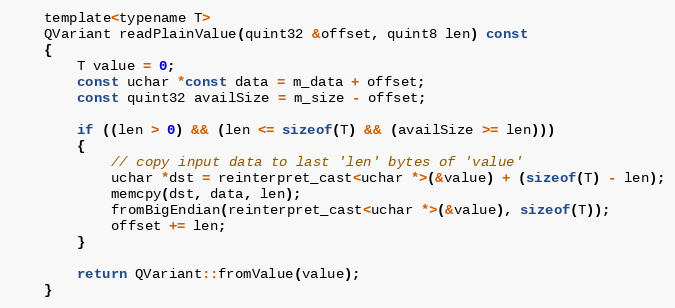
Language: C
    template<typename T>
    QVariant readPlainValue(quint32 &offset, quint8 len) const
    {
        T value = 0;
        const uchar *const data = m_data + offset;
        const quint32 availSize = m_size - offset;

        if ((len > 0) && (len <= sizeof(T) && (availSize >= len)))
        {
            // copy input data to last 'len' bytes of 'value'
            uchar *dst = reinterpret_cast<uchar *>(&value) + (sizeof(T) - len);
            memcpy(dst, data, len);
            fromBigEndian(reinterpret_cast<uchar *>(&value), sizeof(T));
            offset += len;
        }

        return QVariant::fromValue(value);
    }